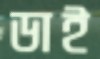
ডাই